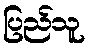
ပြည်သူ